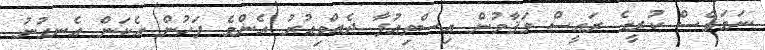
ނަމަވެސް ކުރީގެ ރައީސް މަޤާމުން އިސްތިއުފާ ދެއްވިއުރު އެންމެ ފަހުން އެކަން އެނގުނު